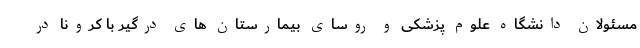
مسئولان دانشگاه علوم پزشکی و روسای بیمارستان های درگیر با کرونا در